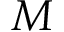
M